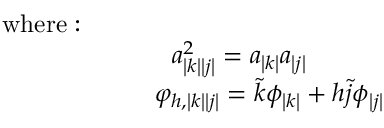
\begin{array} { r l } & { \mathrm { w h e r e : ~ } } \\ & { ~ ~ ~ ~ ~ ~ ~ ~ ~ ~ ~ ~ ~ ~ ~ ~ ~ ~ ~ ~ a _ { \left| k \right| \left| j \right| } ^ { 2 } = a _ { \left| k \right| } a _ { \left| j \right| } } \\ & { ~ ~ ~ ~ ~ ~ ~ ~ ~ ~ ~ ~ ~ ~ ~ ~ ~ ~ \varphi _ { h , \left| k \right| \left| j \right| } = \tilde { k } \phi _ { \left| k \right| } + h \tilde { j } \phi _ { \left| j \right| } } \end{array}